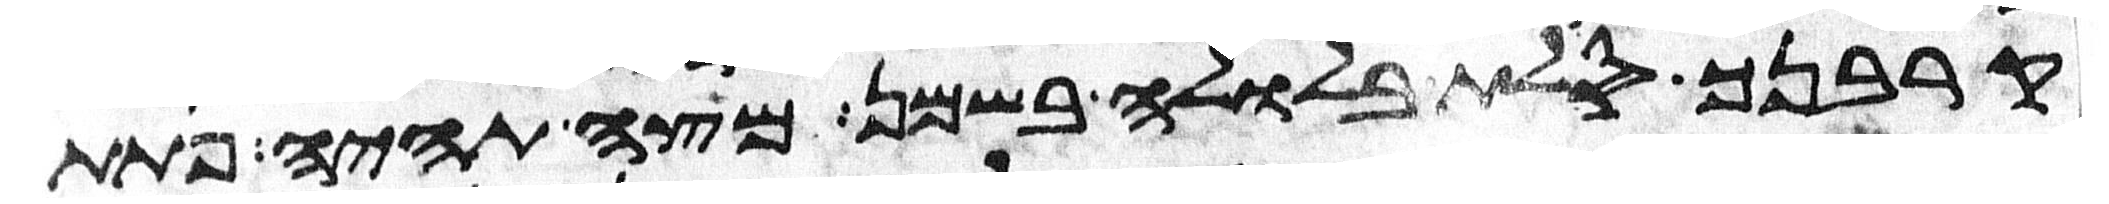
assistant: קרבנך סלת בלולה בשמן מצה תהיה פתת